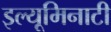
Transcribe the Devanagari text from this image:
इल्यूमिनाटी